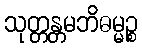
သုတ္တန္တမဘိဓမ္မဉ္စ